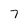
Character: 7